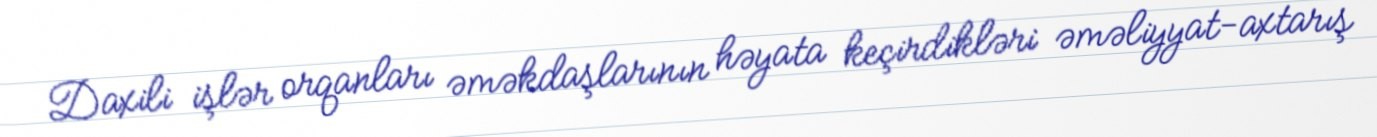
Daxili işlər orqanları əməkdaşlarının həyata keçirdikləri əməliyyat-axtarış